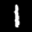
Label: 1